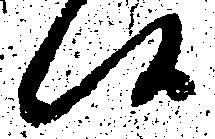
候